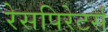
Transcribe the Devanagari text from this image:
रेसपिरेटर्स